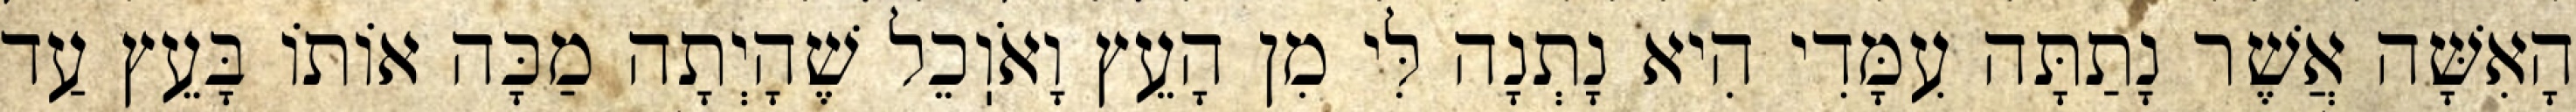
הָאִשָּׁה אֲשֶׁר נָתַתָּה עִמָּדִי הִיא נָתְנָה לִּי מִן הָעֵץ וָאֹוֽכֵל שֶׁהָיְתָה מַכָּה אוֹתוֹ בָּעֵץ עַד